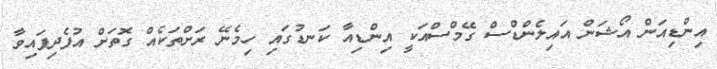
އިންޑިއަން އޯޝަން އައިލެންޑްސް ގޭމްސްއަކީ އިންޑިއާ ކަނޑުގައި ހިމެނޭ ރަށްތަކެއް ގޮތަށް އުފެދިފައިވާ